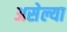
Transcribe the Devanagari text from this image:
असेल्या